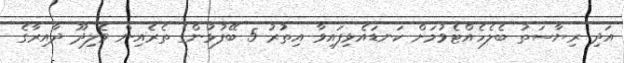
އަދި ރިޔާސަތު ބެލެހެއްޓެވުމަށް ކަނޑައެޅިފައިވާ އިތުރު 5 ބޭފުޅުންގެ ތެރެއިން ވެލިދޫ ދާއިރާގެ